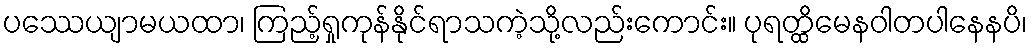
ပဿေယျာမယထာ၊ ကြည့်ရှုကုန်နိုင်ရာသကဲ့သို့လည်းကောင်း။ ပုရတ္ထိမေနဝါတပါနေနပိ၊